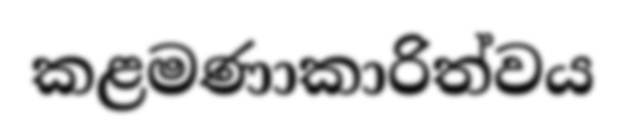
කළමණාකාරිත්වය